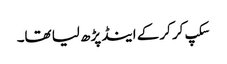
سکپ کر کر کے اینڈ پڑھ لیا تھا۔